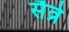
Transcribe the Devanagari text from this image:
सैव्रे